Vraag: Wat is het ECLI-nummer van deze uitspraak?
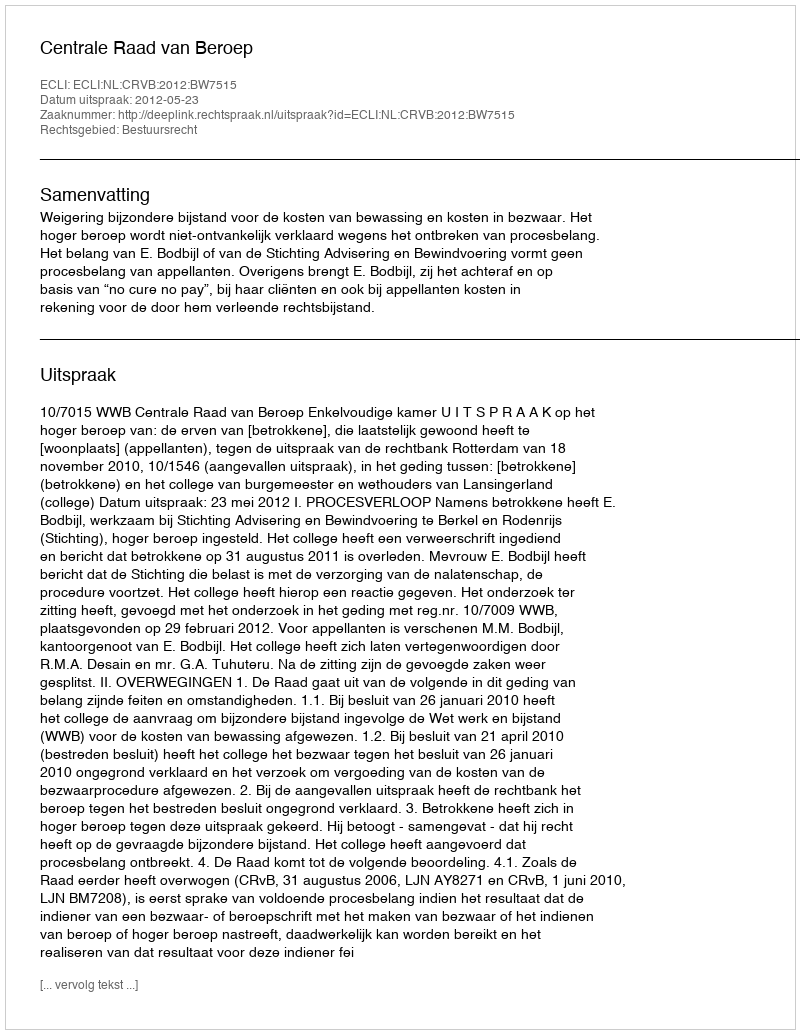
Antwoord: ECLI:NL:CRVB:2012:BW7515